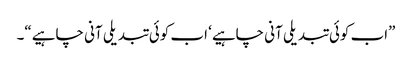
”اب کوئی تبدیلی آنی چاہیے‘ اب کوئی تبدیلی آنی چاہیے“۔